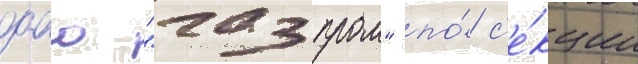
оао "газпром" по́ с'е́кции